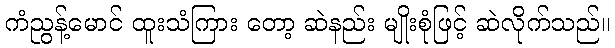
ကံညွန့်မောင် ထူးသံကြား တော့ ဆဲနည်း မျိုးစုံဖြင့် ဆဲလိုက်သည်။